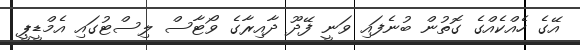
އޭގެ ހެއްކެއްގެ ގޮތުން ބުނެފައި ވަނީ ފޭދޫ ދާއިރާގެ ވޯޓާސް ލިސްޓުގައި އެމްޑީޕީ